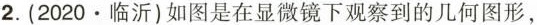
2.(2020·临沂)如图是在显微镜下观察到的几何图形，